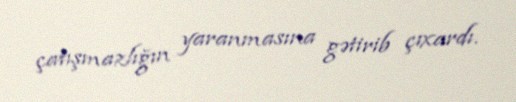
çatışmazlığın yaranmasına gətirib çıxardı.